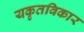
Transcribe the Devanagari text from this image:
यकृतविकार